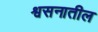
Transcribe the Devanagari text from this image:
श्वसनातील